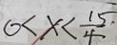
0 < x < \frac { 1 5 } { 4 }